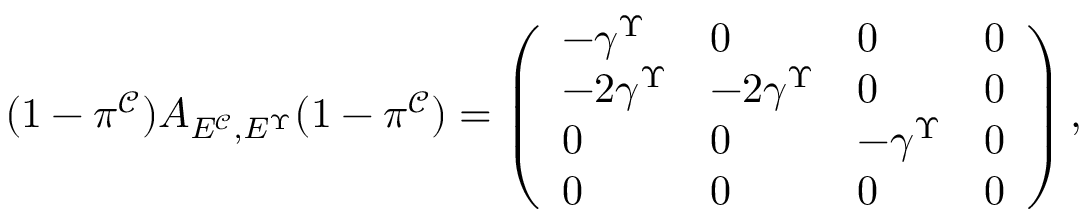
( 1 - \pi ^ { \mathcal C } ) A _ { E ^ { \mathcal C } , E ^ { \Upsilon } } ( 1 - \pi ^ { \mathcal C } ) = \left( \begin{array} { l l l l } { - \gamma ^ { \Upsilon } } & { 0 } & { 0 } & { 0 } \\ { - 2 \gamma ^ { \Upsilon } } & { - 2 \gamma ^ { \Upsilon } } & { 0 } & { 0 } \\ { 0 } & { 0 } & { - \gamma ^ { \Upsilon } } & { 0 } \\ { 0 } & { 0 } & { 0 } & { 0 } \end{array} \right) ,